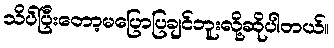
သိပ်ပြီးတော့မပြောပြချင်ဘူးလို့ဆိုပါတယ်။